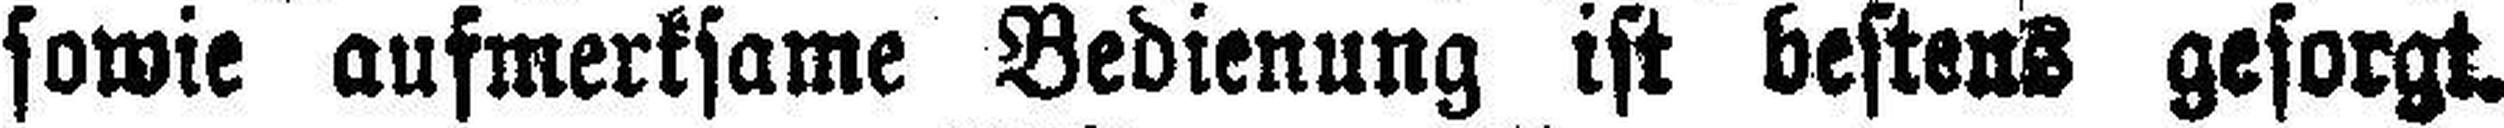
sowie aufmerksame Bedienung ist bestens gesorgt.